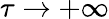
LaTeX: \tau\rightarrow+\infty